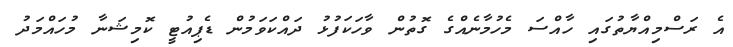
އެ ރަސްމިއްޔާތުގައި ހާއްސަ މެހުމާނެއްގެ ގޮތުން ވާހަކަފުޅު ދައްކަވަމުން ޑެޕިއުޓީ ކޮމިޝަނާ މުހައްމަދު